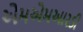
એમએમઆરડી